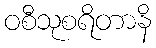
ဝစီသုစရိတာနိ